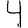
Digit: 4